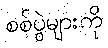
စစ်ပွဲများကို